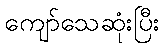
ကျော်သေဆုံးပြီး